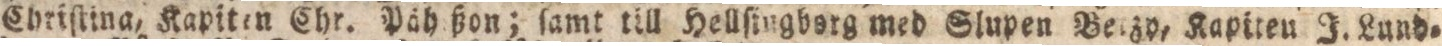
Chriſtina, Kapiten Chr. Päheßon; ſamt till Hellſingborg med Slupen Betzy, Kapiten J. Lund=